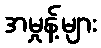
အမှုန့်များ